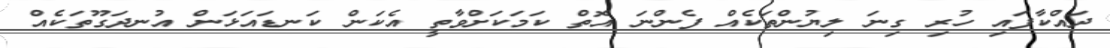
ދައްކާފައި ހުރި ގިނަ ލިޔުންތަކެއް ފެންނަ އޮތް ކަމަކަށްވާތީ އެކަން ކަނޑައަޅަން އުނދަގޫތަކެއް